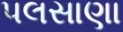
પલસાણા